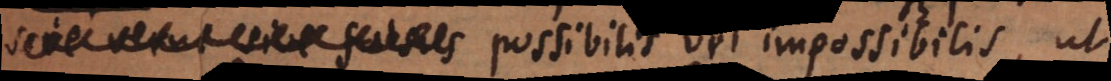
sive verus sive falsus possibilis vel impossibilis, ut